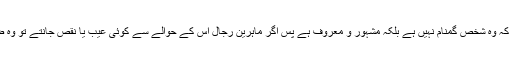
اس کی وجہ یہ ہے کہ وہ شخص گمنام نہیں ہے بلکہ مشہور و معروف ہے پس اگر ماہرین رجال اس کے حوالے سے کوئی عیب یا نقص جانتے تو وہ ضرور بیان کرتے ۔